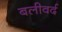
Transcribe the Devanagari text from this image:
बलीवर्द